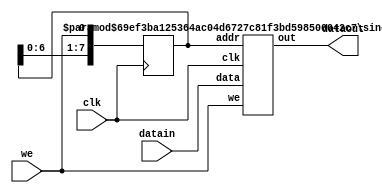
`define SIMULATION_MEMORY

 module spram21x4 (we, dataout, datain, clk);

    input we; 
    output[21 - 1:0] dataout; 
    wire[21 - 1:0] dataout;
    input[21 - 1:0] datain; 
    input clk; 

	reg [7:0] addr;
	
	always @ (posedge clk)
	begin
	 addr[0] <= we;
	 addr [1] <= addr[0];
	 addr [2] <= addr[1];
	 addr [3] <= addr[2];
	 addr [4] <= addr[3];
	 addr [5] <= addr[4];
	 addr [6] <= addr[5];
	 addr [7] <= addr[6];
	 end
//changed to odin 2 ram specifications

defparam new_ram.ADDR_WIDTH = 8;
defparam new_ram.DATA_WIDTH = 21;
single_port_ram new_ram(
  .clk (clk),
  .we(we),
  .data(datain),
  .out(dataout),
  .addr(addr)
  );
  
  
 endmodule
module single_port_ram(
clk,
addr,
data,
we,
out
);

parameter DATA_WIDTH = 256;
parameter ADDR_WIDTH = 10;
input clk;
input [ADDR_WIDTH-1:0] addr;
input [DATA_WIDTH-1:0] data;
input we;
output reg [DATA_WIDTH-1:0] out;

reg [DATA_WIDTH-1:0] ram[ADDR_WIDTH-1:0];

always @(posedge clk) begin
  if (we) begin
    ram[addr] <= data;
  end
  else begin
    out <= ram[addr];
  end
end

endmodule